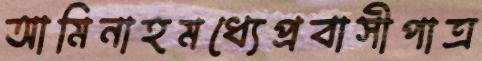
আমিনাহমধ্যেপ্রবাসীপাত্র